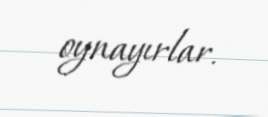
oynayırlar.